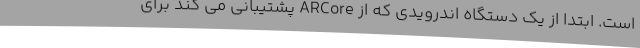
است. ابتدا از یک دستگاه اندرویدی که از ARCore پشتیبانی می کند برای